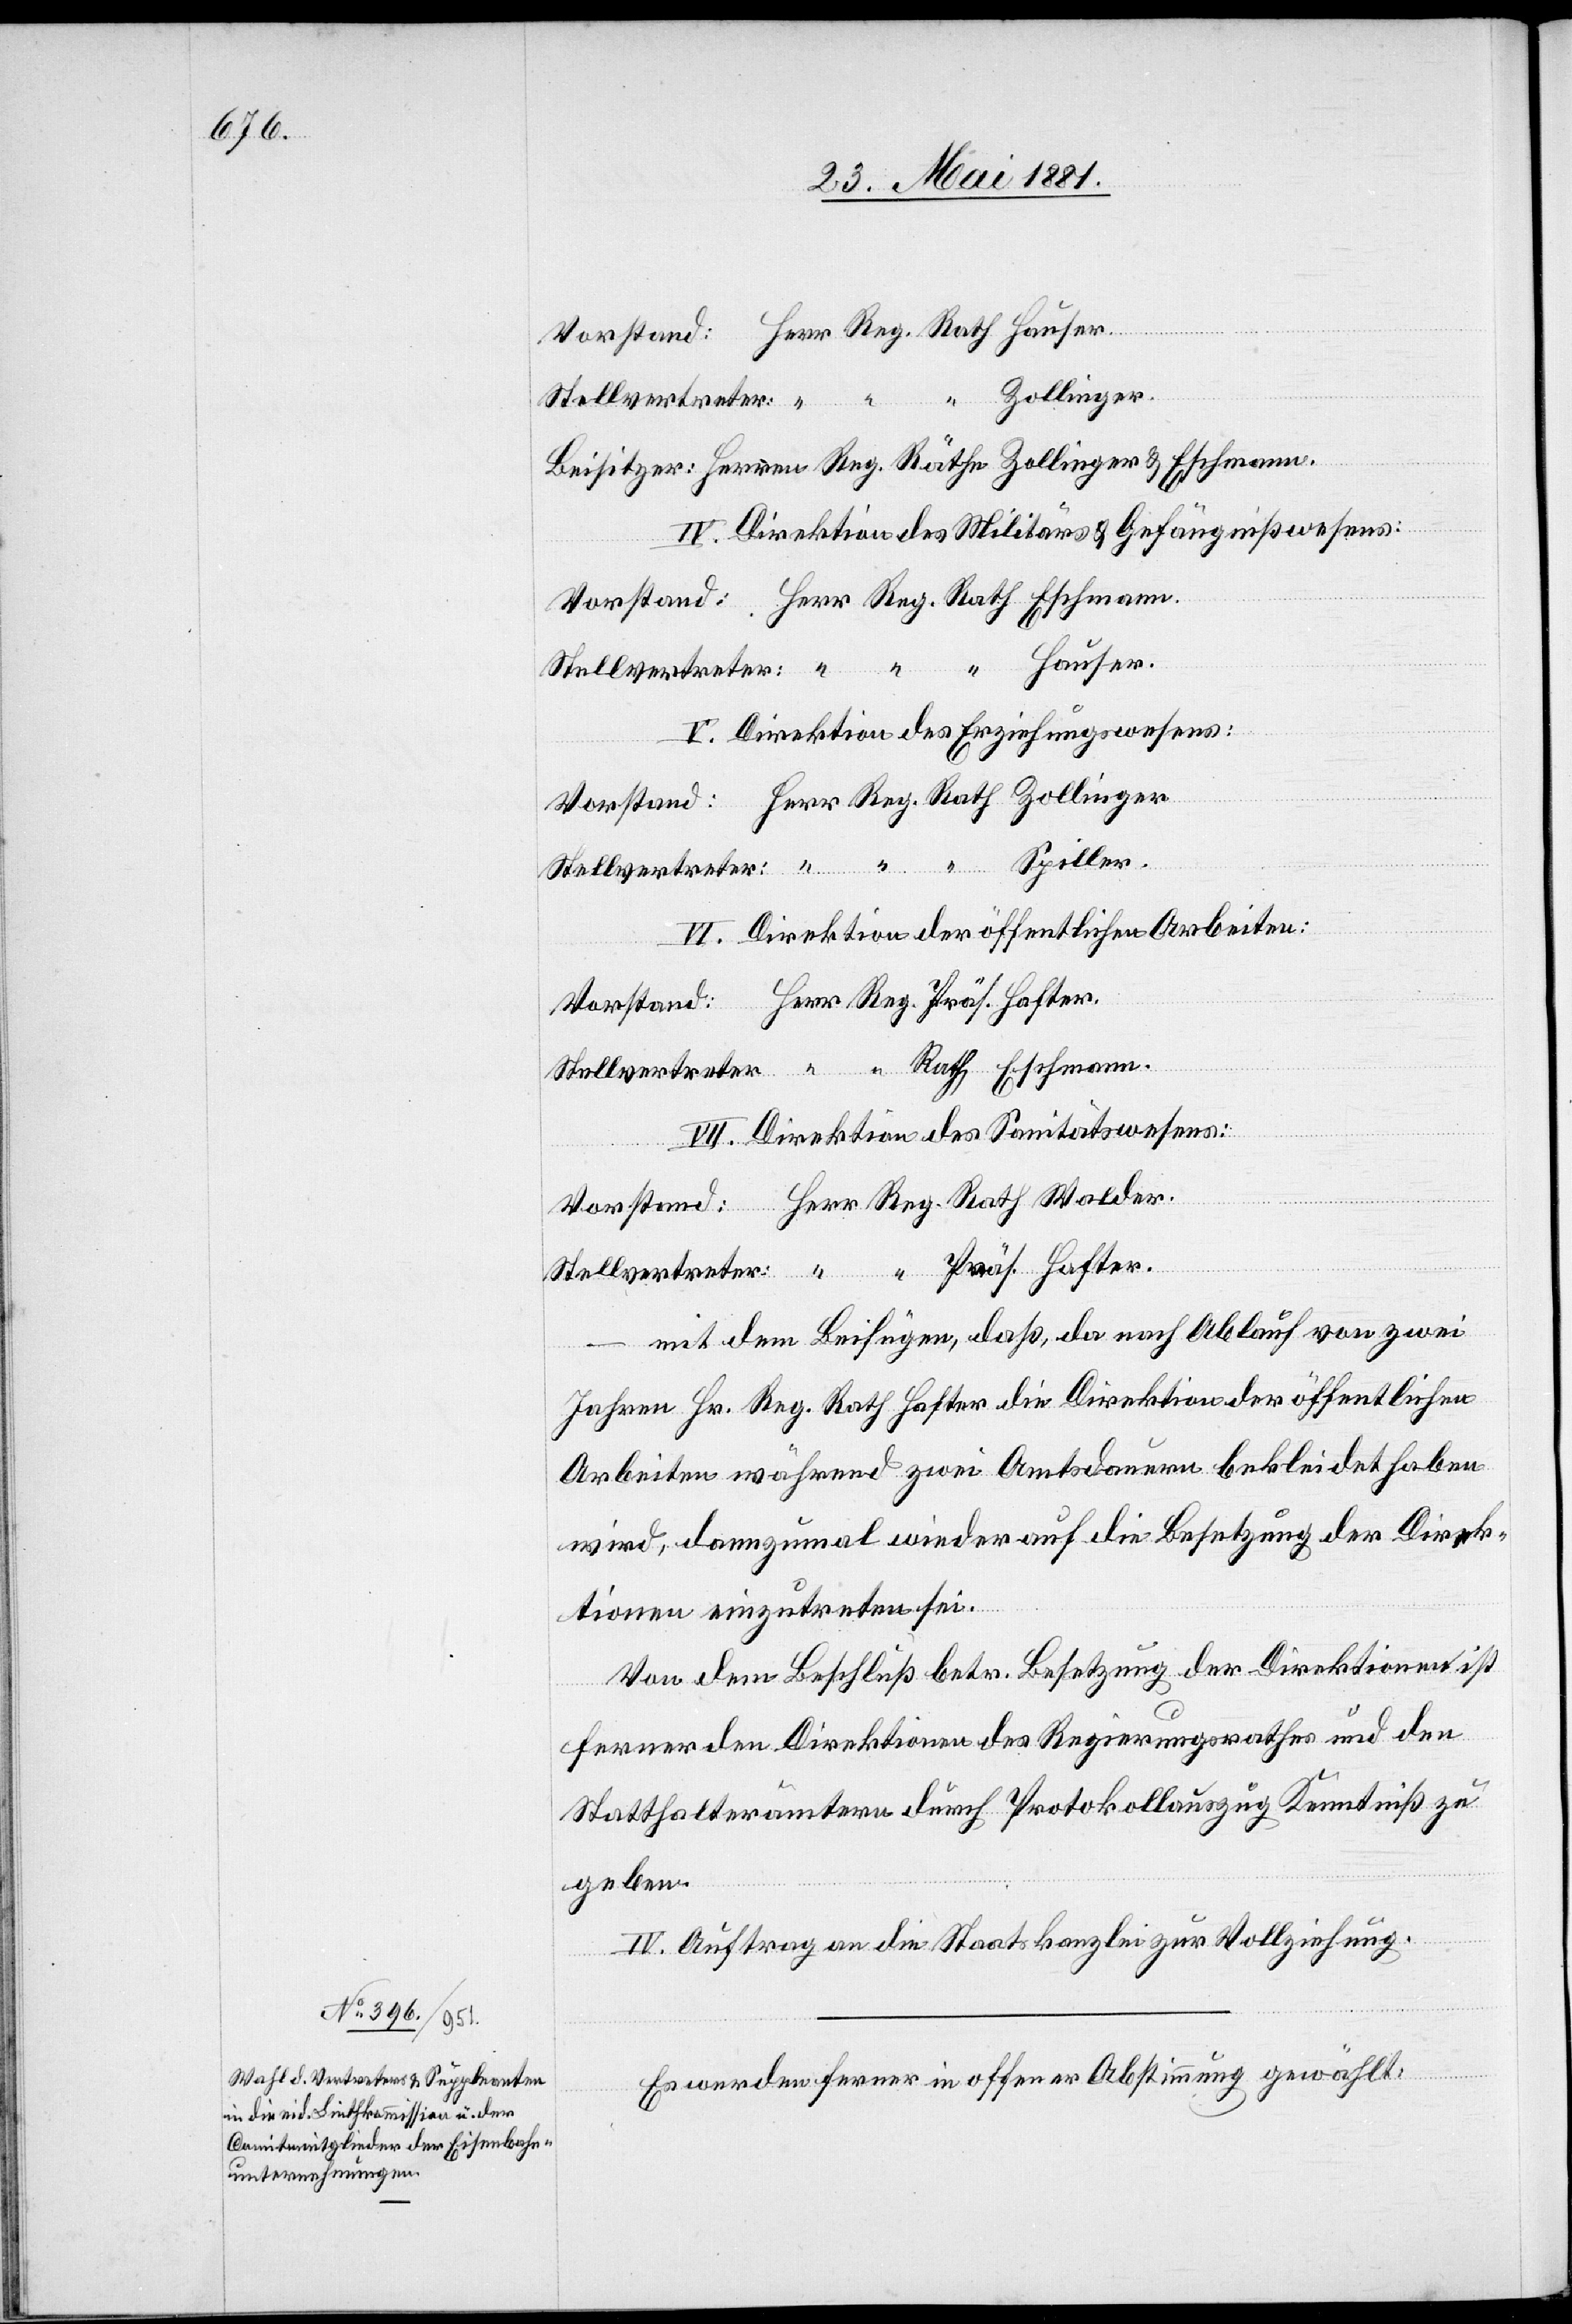
etzung
Stellvertreter:
IV. Direktion des Militärs- & Gefängnißwesens:
V. Direktion des Erziehungswesens:
VI. Direktion der öffentlichen Arbeiten:
VII. Direktion des Sanitätswesens:
–
mit dem Beifügen, daß, da nach Ablauf von zwei
Jahren Hr. Reg. Rath Hafter die Direktion der öffentlichen
Arbeiten während zwei Amtsdauern bekleidet haben
wird, dannzumal wieder auf die Besetzung der Direk¬
tion einzutreten sei.
Von dem Beschluß betr. Besetzung der Direktion ist
ferner den Direktionen des Regierungsrathes und den
Stadthalterämtern durch Protokollauszug Kenntniß zu
geben.
IV. Auftrag an die Staatskanzlei zur Vollziehung.
Es werden ferner in offener Abstimmung gewählt:

n.